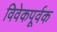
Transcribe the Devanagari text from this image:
विवेकपूर्वक